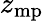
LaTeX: z_{\mathrm{mp}}